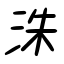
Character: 洙